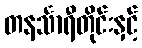
တနင်္သာရီတိုင်းနှင့်